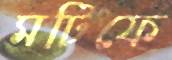
মটিফে